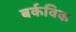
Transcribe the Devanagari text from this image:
बर्कविक